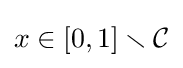
x\in [0,1]\smallsetminus {\mathcal {C}}